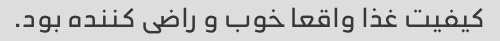
کیفیت غذا واقعا خوب و راضی کننده بود.